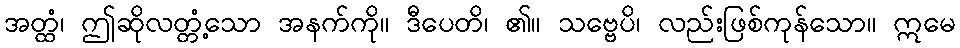
အတ္ထံ၊ ဤဆိုလတ္တံ့သော အနက်ကို။ ဒီပေတိ၊ ၏။ သဗ္ဗေပိ၊ လည်းဖြစ်ကုန်သော။ ဣမေ